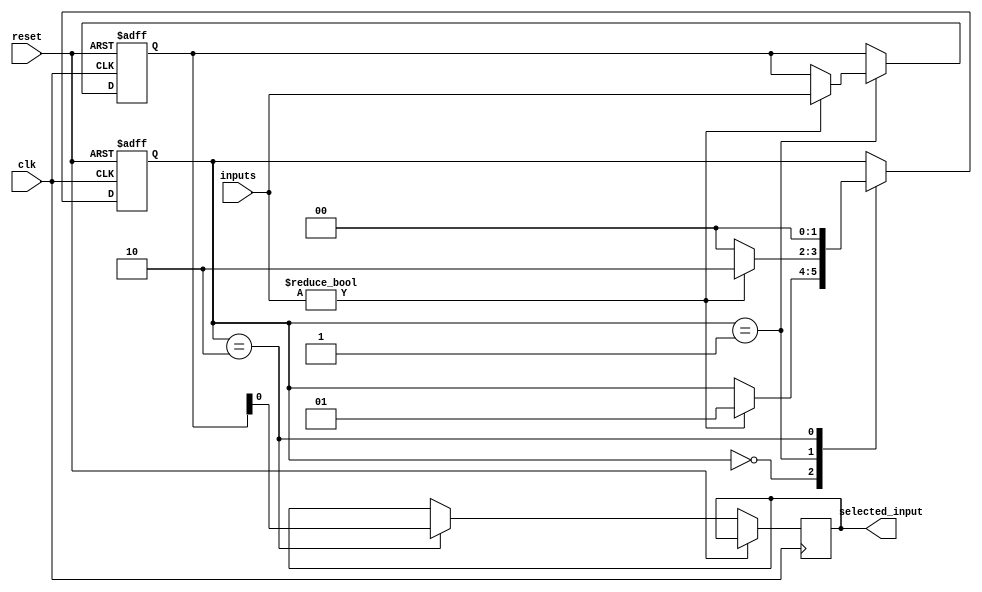
module serial_arbiter (
  input wire clk,
  input wire reset,
  input wire [3:0] inputs,
  output wire selected_input
);

reg [1:0] state;
reg [3:0] priority;
reg [1:0] next_state;

always @(posedge clk or posedge reset) begin
  if (reset) begin
    state <= 2'b00;
    priority <= 4'b0000;
  end else begin
    case (state)
      2'b00: begin // Idle state
        if (inputs != 4'b0000) begin
          state <= 2'b01;
        end
      end
      2'b01: begin // Arbitration state
        if (inputs != 4'b0000) begin
          priority <= inputs;
          state <= 2'b10;
        end else begin
          state <= 2'b00;
        end
      end
      2'b10: begin // Selection state
        selected_input <= priority[0];
        state <= 2'b00;
      end
    endcase
  end
end

endmodule